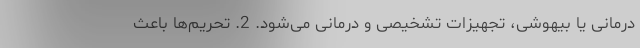
درمانی یا بیهوشی، تجهیزات تشخیصی و درمانی می‌شود. 2. تحریم‌ها باعث